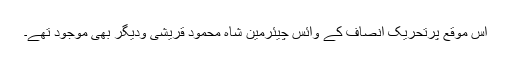
اس موقع پرتحریک انصاف کے وائس چیئرمین شاہ محمود قریشی ودیگر بھی موجود تھے۔